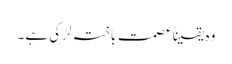
وہ یقیناًعصمت باختہ لڑکی ہے۔